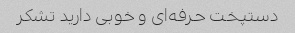
دستپخت حرفه‌ای و خوبی دارید تشکر